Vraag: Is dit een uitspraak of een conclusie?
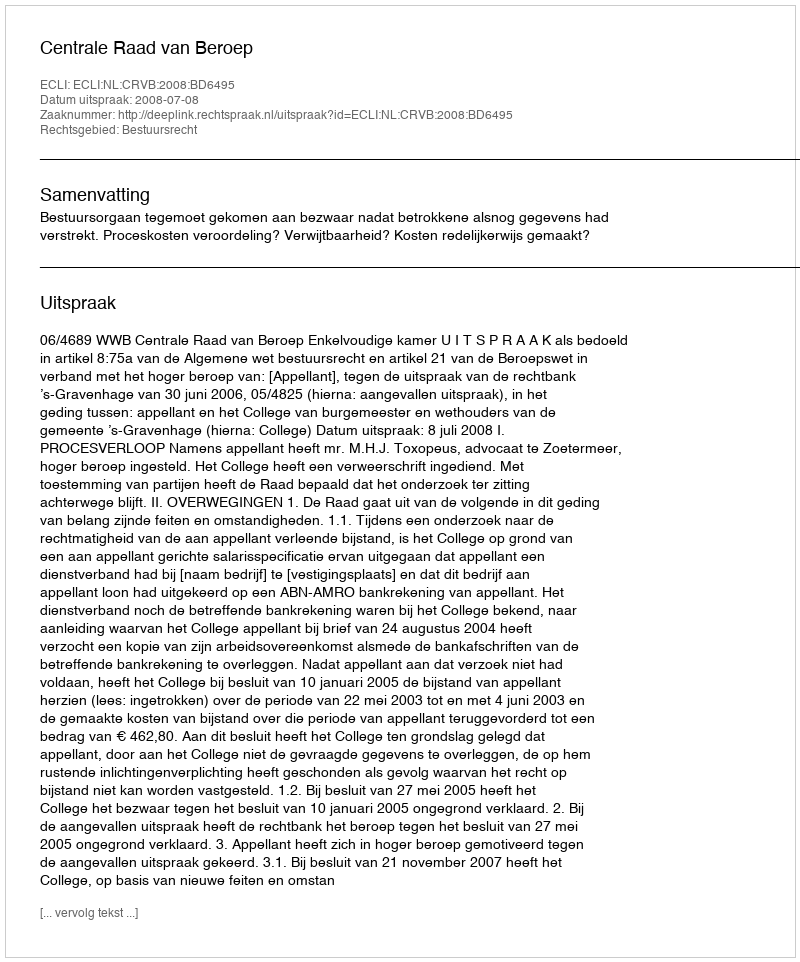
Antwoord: Uitspraak